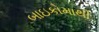
બાઇકોમાથી